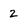
Character: 2